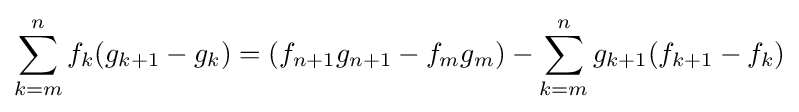
\sum _{k=m}^{n}f_{k}(g_{k+1}-g_{k})=\left(f_{n+1}g_{n+1}-f_{m}g_{m}\right)-\sum _{k=m}^{n}g_{k+1}(f_{k+1}-f_{k})